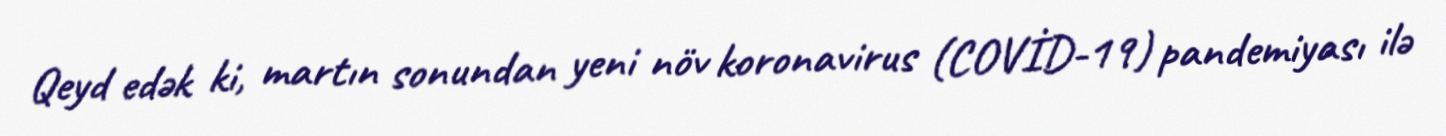
Qeyd edək ki, martın sonundan yeni növ koronavirus (COVİD-19) pandemiyası ilə